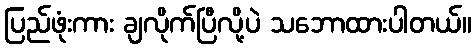
ပြည်ဖုံးကား ချလိုက်ပြီလို့ပဲ သဘောထားပါတယ်။